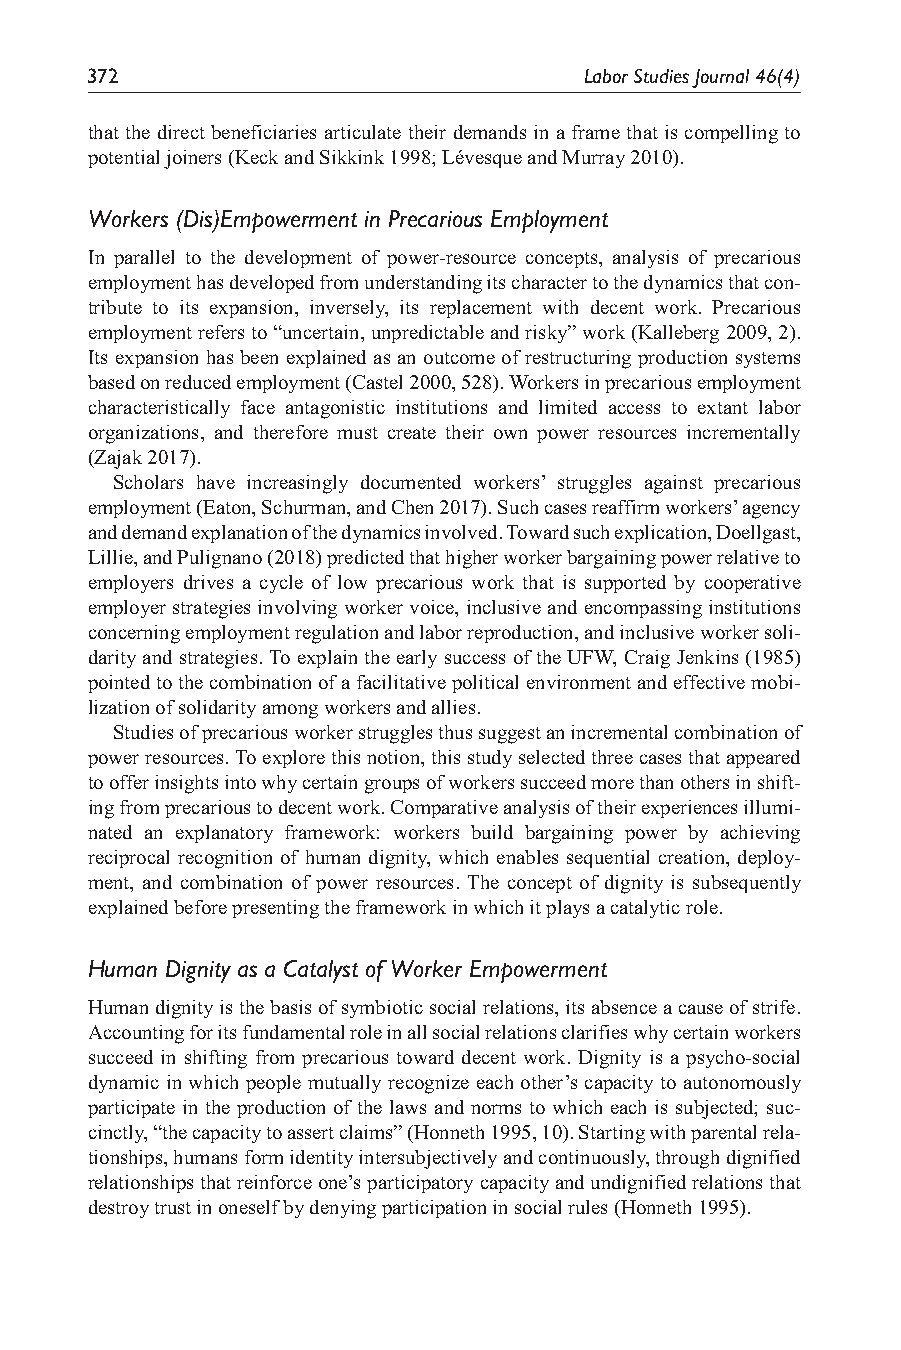
372                              Labor Studies Journal 46(4)
 that the direct beneficiaries articulate their demands in a frame that is compelling to
 potential joiners (Keck and Sikkink 1998; Lévesque and Murray 2010).
 Workers (Dis)Empowerment in Precarious Employment
 In parallel to the development of power-resource concepts, analysis of precarious
 employment has developed from understanding its character to the dynamics that con-
 tribute to its expansion, inversely, its replacement with decent work. Precarious
 employment refers to “uncertain, unpredictable and risky” work (Kalleberg 2009, 2).
 Its expansion has been explained as an outcome of restructuring production systems
 based on reduced employment (Castel 2000, 528). Workers in precarious employment
 characteristically face antagonistic institutions and limited access to extant labor
 organizations, and therefore must create their own power resources incrementally
 (Zajak 2017).
 Scholars have increasingly documented workers’ struggles against precarious
 employment (Eaton, Schurman, and Chen 2017). Such cases reaffirm workers’ agency
 and demand explanation of the dynamics involved. Toward such explication, Doellgast,
 Lillie, and Pulignano (2018) predicted that higher worker bargaining power relative to
 employers drives a cycle of low precarious work that is supported by cooperative
 employer strategies involving worker voice, inclusive and encompassing institutions
 concerning employment regulation and labor reproduction, and inclusive worker soli-
 darity and strategies. To explain the early success of the UFW, Craig Jenkins (1985)
 pointed to the combination of a facilitative political environment and effective mobi-
 lization of solidarity among workers and allies.
 Studies of precarious worker struggles thus suggest an incremental combination of
 power resources. To explore this notion, this study selected three cases that appeared
 to offer insights into why certain groups of workers succeed more than others in shift-
 ing from precarious to decent work. Comparative analysis of their experiences illumi-
 nated an explanatory framework: workers build bargaining power by achieving
 reciprocal recognition of human dignity, which enables sequential creation, deploy-
 ment, and combination of power resources. The concept of dignity is subsequently
 explained before presenting the framework in which it plays a catalytic role.
 Human Dignity as a Catalyst of Worker Empowerment
 Human dignity is the basis of symbiotic social relations, its absence a cause of strife.
 Accounting for its fundamental role in all social relations clarifies why certain workers
 succeed in shifting from precarious toward decent work. Dignity is a psycho-social
 dynamic in which people mutually recognize each other’s capacity to autonomously
 participate in the production of the laws and norms to which each is subjected; suc-
 cinctly, “the capacity to assert claims” (Honneth 1995, 10). Starting with parental rela-
 tionships, humans form identity intersubjectively and continuously, through dignified
 relationships that reinforce one’s participatory capacity and undignified relations that
 destroy trust in oneself by denying participation in social rules (Honneth 1995).